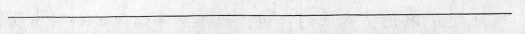
___